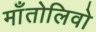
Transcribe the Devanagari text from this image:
माँतोलिवो